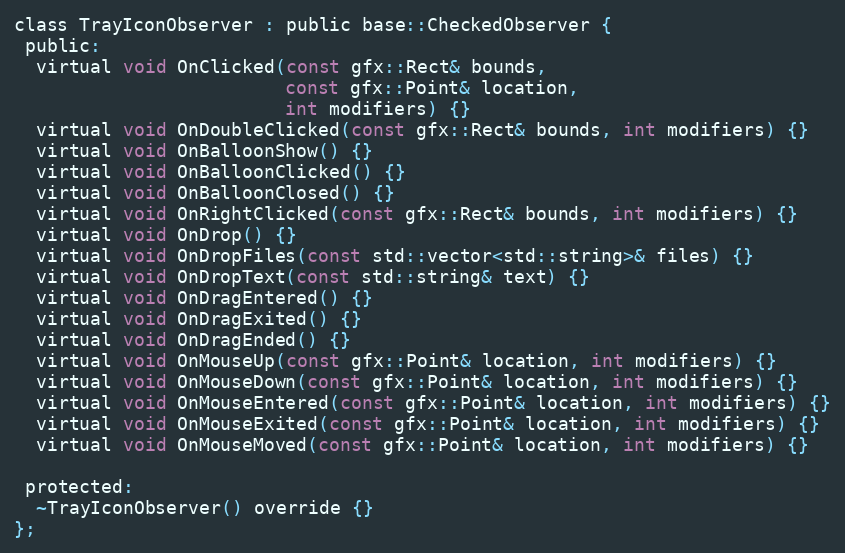
Language: C
class TrayIconObserver : public base::CheckedObserver {
 public:
  virtual void OnClicked(const gfx::Rect& bounds,
                         const gfx::Point& location,
                         int modifiers) {}
  virtual void OnDoubleClicked(const gfx::Rect& bounds, int modifiers) {}
  virtual void OnBalloonShow() {}
  virtual void OnBalloonClicked() {}
  virtual void OnBalloonClosed() {}
  virtual void OnRightClicked(const gfx::Rect& bounds, int modifiers) {}
  virtual void OnDrop() {}
  virtual void OnDropFiles(const std::vector<std::string>& files) {}
  virtual void OnDropText(const std::string& text) {}
  virtual void OnDragEntered() {}
  virtual void OnDragExited() {}
  virtual void OnDragEnded() {}
  virtual void OnMouseUp(const gfx::Point& location, int modifiers) {}
  virtual void OnMouseDown(const gfx::Point& location, int modifiers) {}
  virtual void OnMouseEntered(const gfx::Point& location, int modifiers) {}
  virtual void OnMouseExited(const gfx::Point& location, int modifiers) {}
  virtual void OnMouseMoved(const gfx::Point& location, int modifiers) {}

 protected:
  ~TrayIconObserver() override {}
};